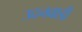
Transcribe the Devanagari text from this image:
उदनवाडी